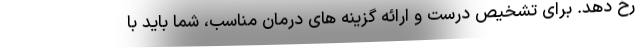
رخ دهد. برای تشخیص درست و ارائه گزینه های درمان مناسب، شما باید با